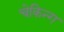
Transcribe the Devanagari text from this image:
चेकिन्ग